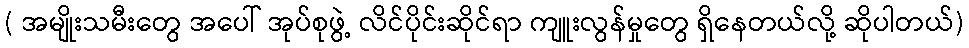
( အမျိုးသမီးတွေ အပေါ် အုပ်စုဖွဲ့ လိင်ပိုင်းဆိုင်ရာ ကျူးလွန်မှုတွေ ရှိနေတယ်လို့ ဆိုပါတယ်)